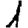
Digit: 1